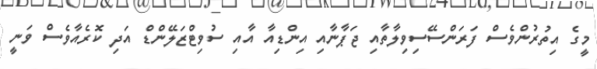
މީގެ އިތުރުންވެސް ފަރަންސޭސިވިލާތާއި ޖަޕާނާއި އިންޑިއާ އާއި ސުވިޓްޒަލޭންޑް އަދި ކޮރެއާވެސް ވަނީ